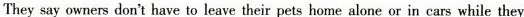
They say owners don't have to leave their pets home alone or in cars while they